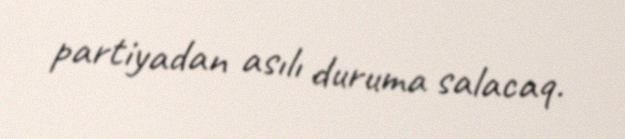
partiyadan asılı duruma salacaq.